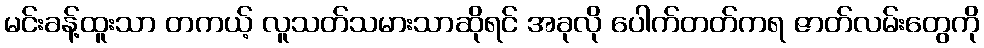
မင်းခန့်ထူးသာ တကယ့် လူသတ်သမားသာဆိုရင် အခုလို ပေါက်တတ်ကရ ဇာတ်လမ်းတွေကို